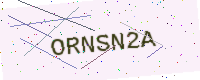
Text: ORNSN2A